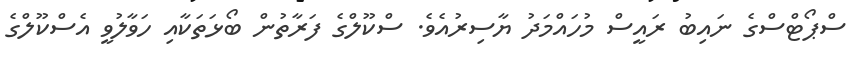
ސްޕޯޓްސްގެ ނައިބު ރައީސް މުހައްމަދު ޔާސިރުއެވެ. ސްކޫލްގެ ފަރާތުން ބޯޅަތަކާއި ހަވާލުވީ އެސްކޫލްގެ